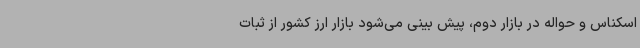
اسکناس و حواله در بازار دوم، پیش بینی می‌شود بازار ارز کشور از ثبات